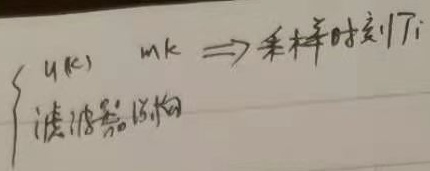
\[
\begin{cases}
u(k)\ \  m_k \Rightarrow \text{采样时刻}T_i \\
\text{滤波器结构}
\end{cases}
\]